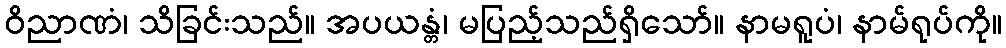
ဝိညာဏံ၊ သိခြင်းသည်။ အပယန္တံ၊ မပြည့်သည်ရှိသော်။ နာမရူပံ၊ နာမ်ရုပ်ကို။